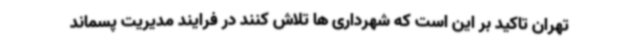
تهران تاکید بر این است که شهرداری ها تلاش کنند در فرایند مدیریت پسماند